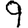
Digit: 9